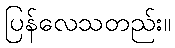
ပြန်လေသတည်း။